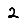
Digit: 2